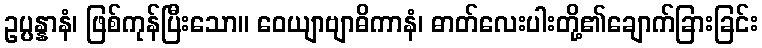
ဥပ္ပန္နာနံ၊ ဖြစ်ကုန်ပြီးသော။ ဝေယျာဗျာဓိကာနံ၊ ဓာတ်လေးပါးတို့၏ချောက်ခြားခြင်း